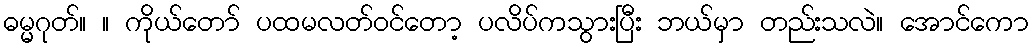
ဓမ္မဂုတ်။ ။ ကိုယ်တော် ပထမလတ်ဝင်တော့ ပလိပ်ကသွားပြီး ဘယ်မှာ တည်းသလဲ။ အောင်ကော